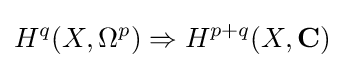
H^{q}(X,\Omega ^{p})\Rightarrow H^{p+q}(X,\mathbf {C} )